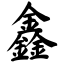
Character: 鑫